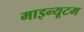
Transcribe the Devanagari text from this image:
माइन्यूटम